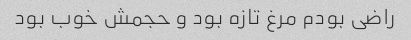
راضی بودم مرغ تازه بود و حجمش خوب بود